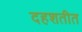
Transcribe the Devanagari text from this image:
दहशतीत